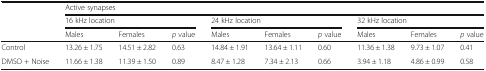
<table><thead><tr><td rowspan="3"></td><td colspan="9"><b>Active synapses</b></td></tr><tr><td colspan="3"><b>16 kHz location</b></td><td colspan="3"><b>24 kHz location</b></td><td colspan="3"><b>32 kHz location</b></td></tr><tr><td><b>Males</b></td><td><b>Females</b></td><td><b><i>p</i> value</b></td><td><b>Males</b></td><td><b>Females</b></td><td><b><i>p</i> value</b></td><td><b>Males</b></td><td><b>Females</b></td><td><b><i>p</i> value</b></td></tr></thead><tbody><tr><td>Control</td><td>13.26 ± 1.75</td><td>14.51 ± 2.82</td><td>0.63</td><td>14.84 ± 1.91</td><td>13.64 ± 1.11</td><td>0.60</td><td>11.36 ± 1.38</td><td>9.73 ± 1.07</td><td>0.41</td></tr><tr><td>DMSO + Noise</td><td>11.66 ± 1.38</td><td>11.39 ± 1.50</td><td>0.89</td><td>8.47 ± 1.28</td><td>7.34 ± 2.13</td><td>0.66</td><td>3.94 ± 1.18</td><td>4.86 ± 0.99</td><td>0.58</td></tr></tbody></table>